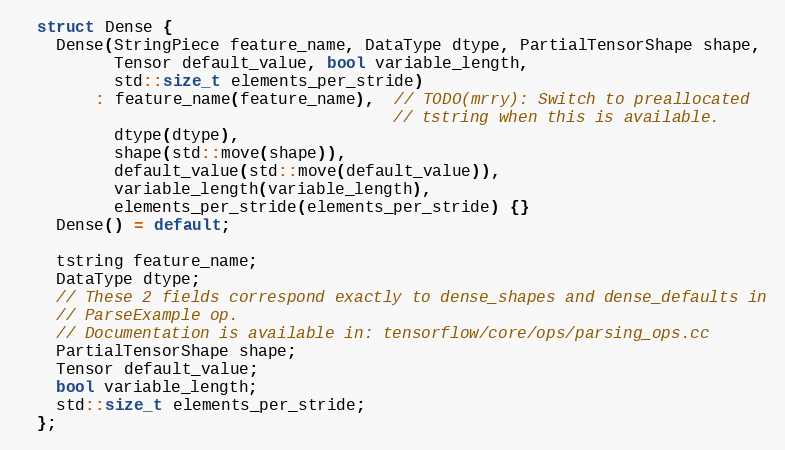
Language: C
  struct Dense {
    Dense(StringPiece feature_name, DataType dtype, PartialTensorShape shape,
          Tensor default_value, bool variable_length,
          std::size_t elements_per_stride)
        : feature_name(feature_name),  // TODO(mrry): Switch to preallocated
                                       // tstring when this is available.
          dtype(dtype),
          shape(std::move(shape)),
          default_value(std::move(default_value)),
          variable_length(variable_length),
          elements_per_stride(elements_per_stride) {}
    Dense() = default;

    tstring feature_name;
    DataType dtype;
    // These 2 fields correspond exactly to dense_shapes and dense_defaults in
    // ParseExample op.
    // Documentation is available in: tensorflow/core/ops/parsing_ops.cc
    PartialTensorShape shape;
    Tensor default_value;
    bool variable_length;
    std::size_t elements_per_stride;
  };